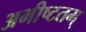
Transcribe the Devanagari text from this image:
अभीष्टतम्